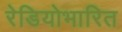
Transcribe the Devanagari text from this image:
रेडियोभारित